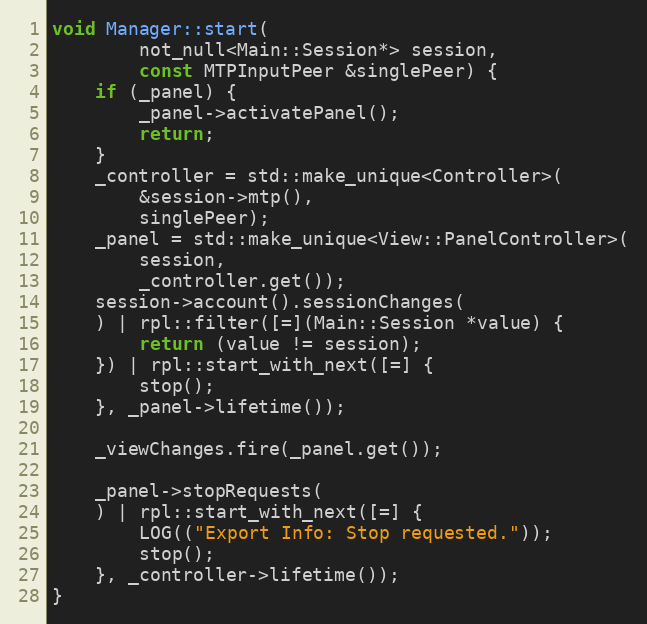
Language: C++
void Manager::start(
		not_null<Main::Session*> session,
		const MTPInputPeer &singlePeer) {
	if (_panel) {
		_panel->activatePanel();
		return;
	}
	_controller = std::make_unique<Controller>(
		&session->mtp(),
		singlePeer);
	_panel = std::make_unique<View::PanelController>(
		session,
		_controller.get());
	session->account().sessionChanges(
	) | rpl::filter([=](Main::Session *value) {
		return (value != session);
	}) | rpl::start_with_next([=] {
		stop();
	}, _panel->lifetime());

	_viewChanges.fire(_panel.get());

	_panel->stopRequests(
	) | rpl::start_with_next([=] {
		LOG(("Export Info: Stop requested."));
		stop();
	}, _controller->lifetime());
}